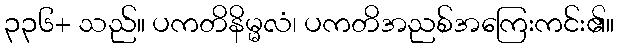
၃၃၆+ သည်။ ပကတိနိမ္မလံ၊ ပကတိအညစ်အကြေးကင်း၏။